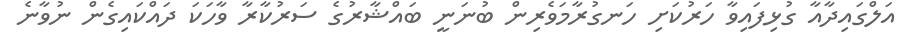
އަލްގައިދާއާ ގުޅިފައިވާ ހަރުކަށި ހަނގުރާމަވެރިން ބުނަނީ ބައްޝާރުގެ ސަރުކާރާ ވާހަކަ ދައްކައިގެން ނުވާނެ